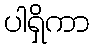
ပါရှိကာ